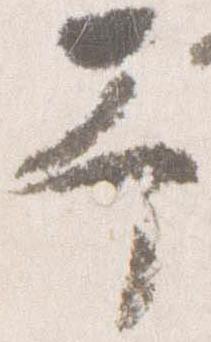
予